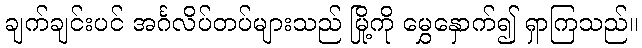
ချက်ချင်းပင် အင်္ဂလိပ်တပ်များသည် မြို့ကို မွှေနှောက်၍ ရှာကြသည်။